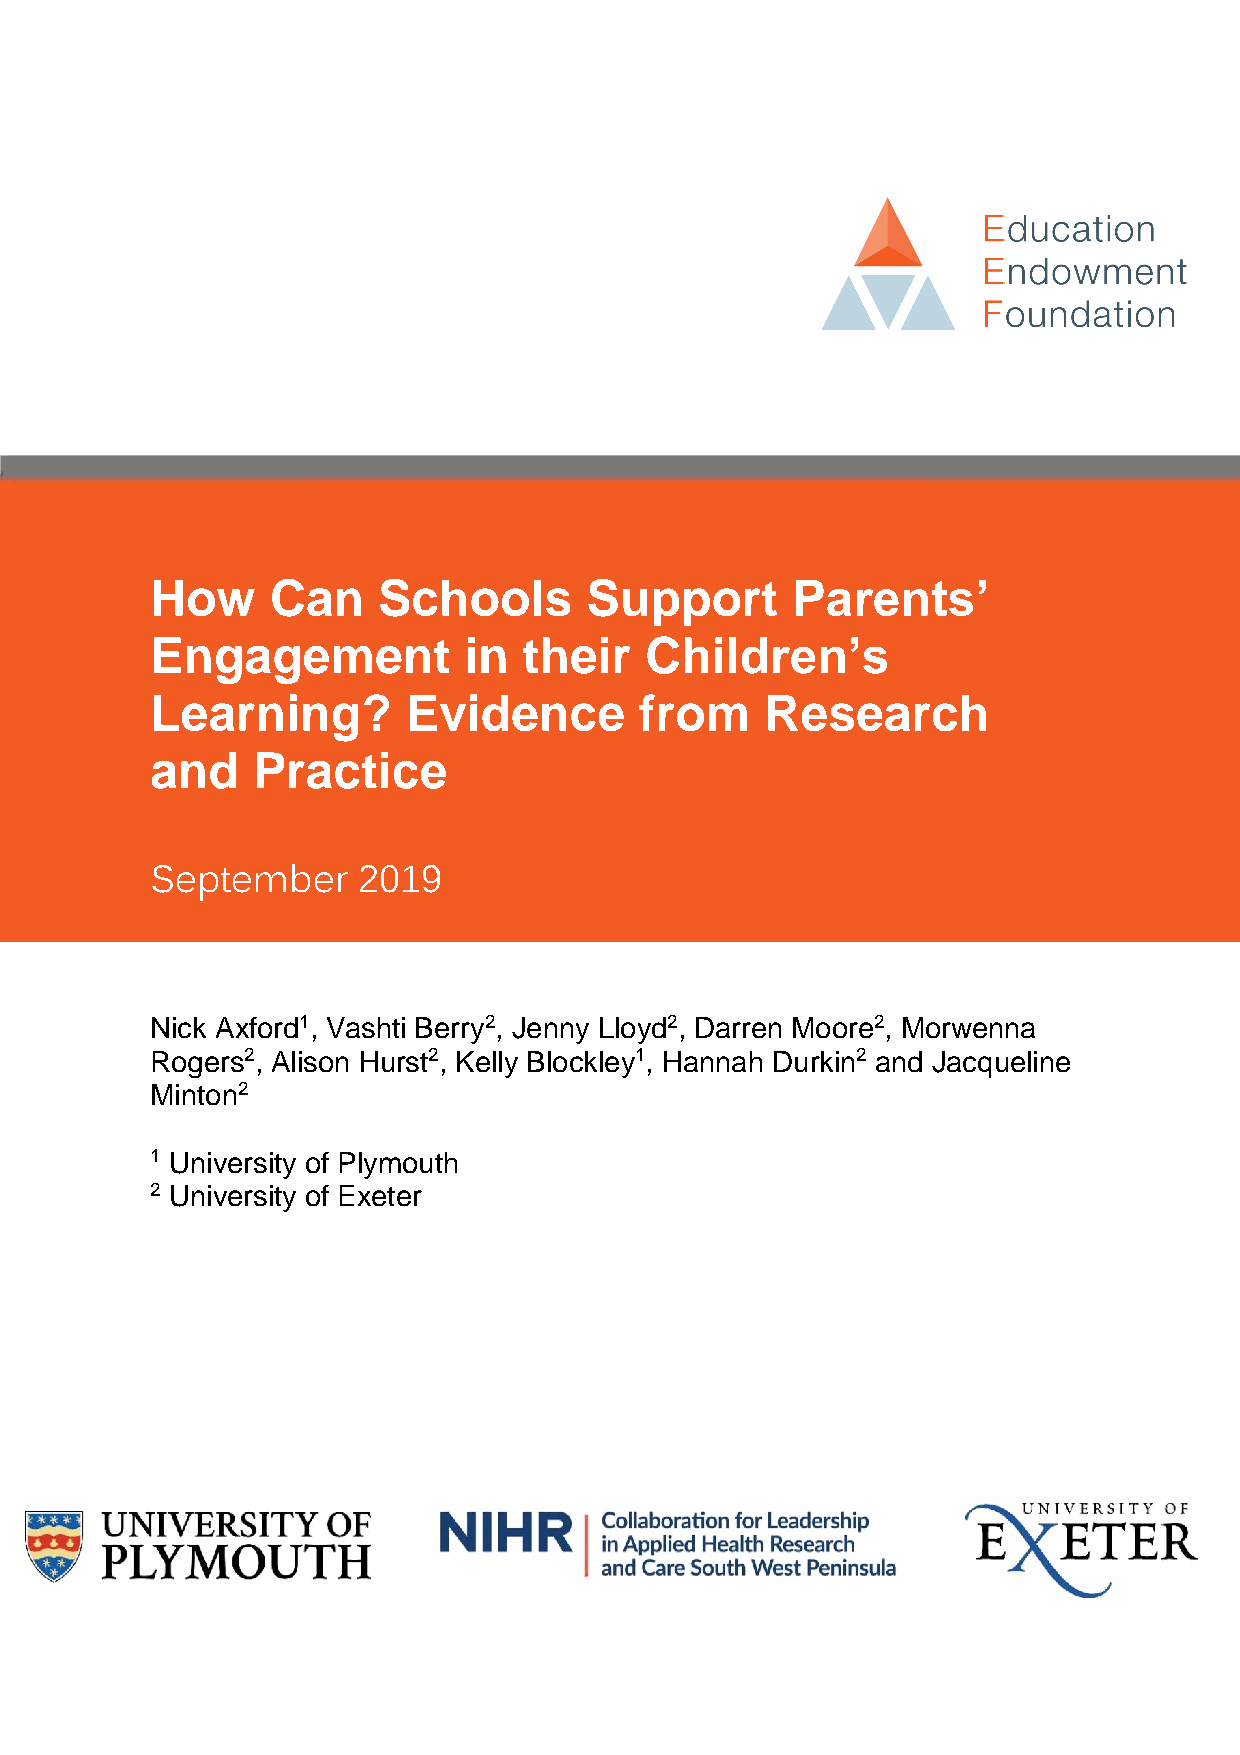
How     Can    Schools       Support      Parents’
 Engagement           in  their   Children’s
 Learning?        Evidence       from     Research
 and    Practice
 September     2019
 Nick Axford1, Vashti Berry2, Jenny Lloyd2, Darren Moore2, Morwenna
 Rogers2, Alison Hurst2, Kelly Blockley1, Hannah Durkin2 and Jacqueline
 Minton2
 1 University of Plymouth
 2 University of Exeter